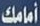
أمامك